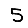
Digit: 5